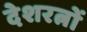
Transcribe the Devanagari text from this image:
देशरत्नों